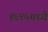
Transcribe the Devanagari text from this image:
१६९५मध्ये